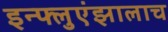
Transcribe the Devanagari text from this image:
इन्फ्लुएंझालाच